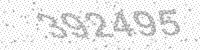
Solution: 392495